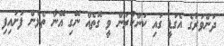
ދަންވަރުގެ އެގަޑީ ގައި ކަންކުރަން ވީ ގޮތެއް ނޭގި އޭނާ ތެޅެން ފަށައިފި